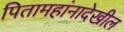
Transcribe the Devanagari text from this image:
पितामहांनादेखील